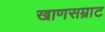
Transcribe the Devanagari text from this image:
खाणसम्राट